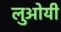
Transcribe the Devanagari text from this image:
लुओयी